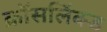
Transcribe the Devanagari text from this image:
क्रॉसलिंक्ड